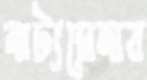
নাট্যমেলার